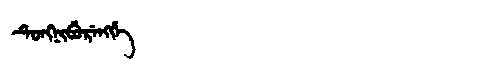
Manchu: ᡨᡠᠩᠨᡳᠪᡠᡵᡝᠩᡤᡝ
Romanization: TUNGNIBURENGGE